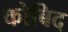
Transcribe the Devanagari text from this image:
कोबिद